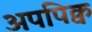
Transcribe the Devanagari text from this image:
अपपिक्व